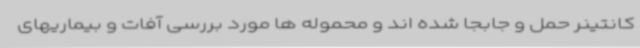
کانتینر حمل و جابجا شده اند و محموله ها مورد بررسی آفات و بیماریهای